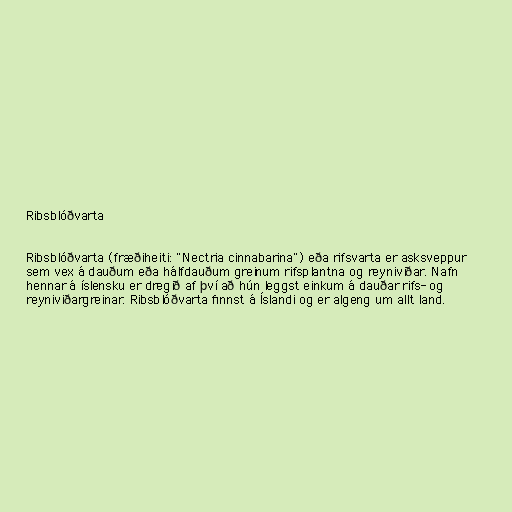
Ribsblóðvarta

Ribsblóðvarta (fræðiheiti: "Nectria cinnabarina") eða rifsvarta er asksveppur
sem vex á dauðum eða hálfdauðum greinum rifsplantna og reyniviðar. Nafn
hennar á íslensku er dregið af því að hún leggst einkum á dauðar rifs- og
reyniviðargreinar. Ribsblóðvarta finnst á Íslandi og er algeng um allt land.